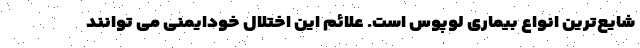
شایع‌ترین انواع بیماری لوپوس است. علائم این اختلال خودایمنی می توانند